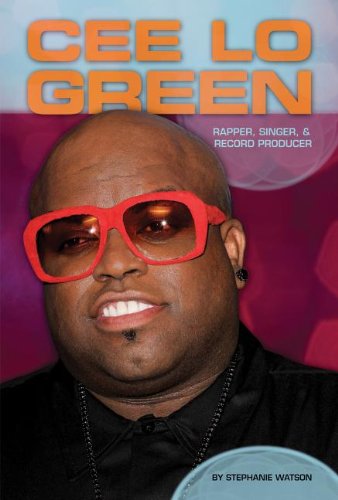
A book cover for Cee Lo Green: Rapper, Singer, & Record Producer (Contemporary Lives); Stephanie Watson; Teen & Young Adult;